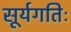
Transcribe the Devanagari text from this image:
सूर्यगतिः